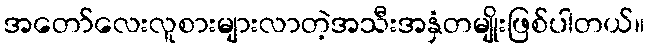
အတော်လေးလူစားများလာတဲ့အသီးအနှံတမျိုးဖြစ်ပါတယ်။